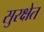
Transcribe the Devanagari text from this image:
सुरक्षेत